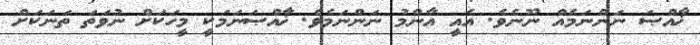
ޚާއްޞަ ނަންނަމެއް ނޫނެވެ. އެއީ އާންމު ނަންނަމެވެ. ޚާއްޞަނަމަކީ މީހަކަށް ނުވަތަ ތަނަކަށް